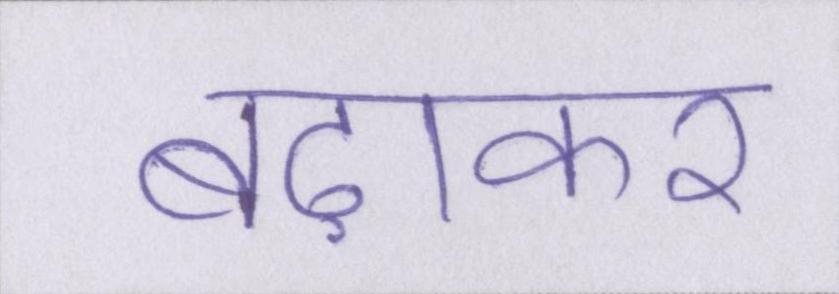
बढ़ाकर